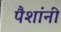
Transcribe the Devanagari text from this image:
पैशांनी